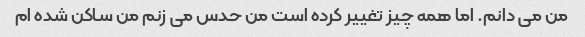
من می دانم. اما همه چیز تغییر کرده است من حدس می زنم من ساکن شده ام